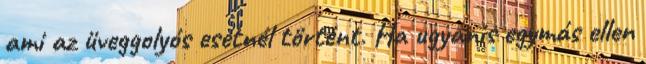
ami az üveggolyós esetnél történt. Ha ugyanis egymás ellen